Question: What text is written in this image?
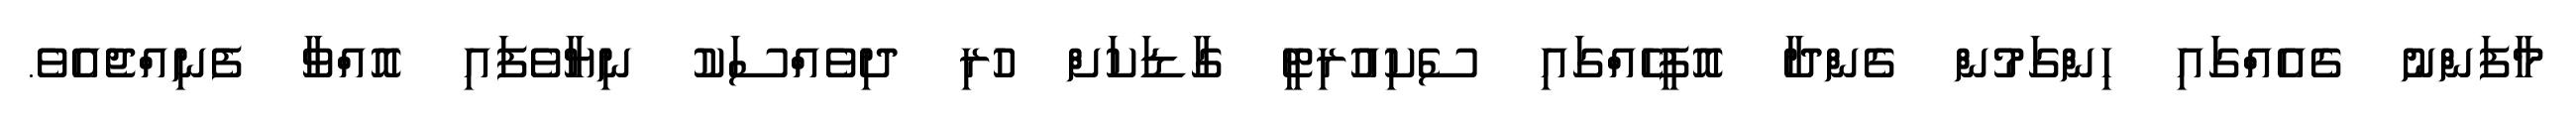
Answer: މާފަންނު ގެއެއްގައި ހިންގަމުން ގެންދާ އޮފީހެއްގައި ސެކިއުރިޓީ ގާޑަކަށް ހުރި ދިވެއްސަކު ނިޔާވެފައި އޮއްވާ ފެނިއްޖެއެވެ.